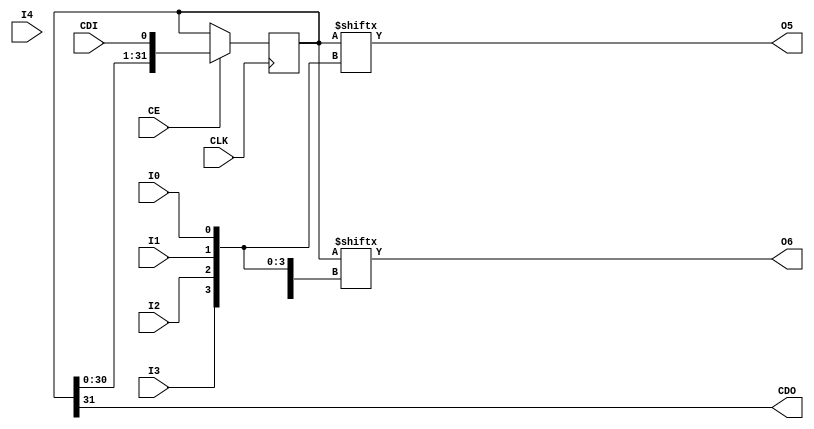
// This program was cloned from: https://github.com/fredrequin/verilator_xilinx
// License: BSD 2-Clause "Simplified" License

`ifdef verilator3
`else
`timescale 1 ps / 1 ps
`endif
//
// CFGLUT5 primitive for Xilinx FPGAs
// Compatible with Verilator tool (www.veripool.org)
// Copyright (c) 2019-2022 Frdric REQUIN
// License : BSD
//

/* verilator coverage_off */
module CFGLUT5
#(
    parameter [31:0] INIT            = 32'h00000000,
    parameter  [0:0] IS_CLK_INVERTED = 1'b0
)
(
    // Clock
    input  wire CLK,
    // Clock enable
    input  wire CE,
    // LUT inputs
    input  wire I0, I1, I2, I3, I4,
    // LUT configuration data input
    input  wire CDI,
    // LUT configuration data output
    output wire CDO,
    // LUT4 output
    output wire O5,
    // LUT5 output
    output wire O6
  
);
    reg [31:0] _r_sreg;

    initial begin : INIT_STATE
        _r_sreg = INIT;
    end

    generate
        if (IS_CLK_INVERTED) begin : GEN_CLK_NEG
            always @(negedge CLK) begin
            
                if (CE) begin
                    _r_sreg <= { _r_sreg[30:0], CDI };
                end
            end
        end
        else begin : GEN_CLK_POS
            always @(posedge CLK) begin
            
                if (CE) begin
                    _r_sreg <= { _r_sreg[30:0], CDI };
                end
            end
        end
    endgenerate

    assign O6  = _r_sreg[{   I4, I3, I2, I1, I0 }];
    assign O5  = _r_sreg[{ 1'b0, I3, I2, I1, I0 }];
    assign CDO = _r_sreg[31];

endmodule
/* verilator coverage_on */